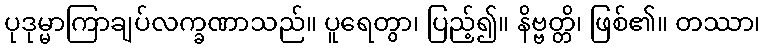
ပုဒုမ္မာကြာချပ်လက္ခဏာသည်။ ပူရေတွာ၊ ပြည့်၍။ နိဗ္ဗတ္တိ၊ ဖြစ်၏။ တဿာ၊